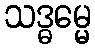
သဒ္ဓမ္မေ